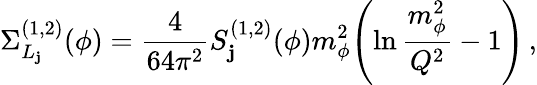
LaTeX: \Sigma_{L_{\mathbf{j}}}^{(1,2)}(\phi)={\frac{{4}}{{64\pi^{2}}}}S_{\mathbf{j}}^{(1,2)}(\phi)m_{\phi}^{2}\! \left(\ln{\frac{{m_{\phi}^{2}}}{{Q^{2}}}}-1\right)\, ,